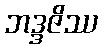
ဘဒ္ဒဇိဿ